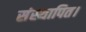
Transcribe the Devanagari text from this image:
संस्थापित।